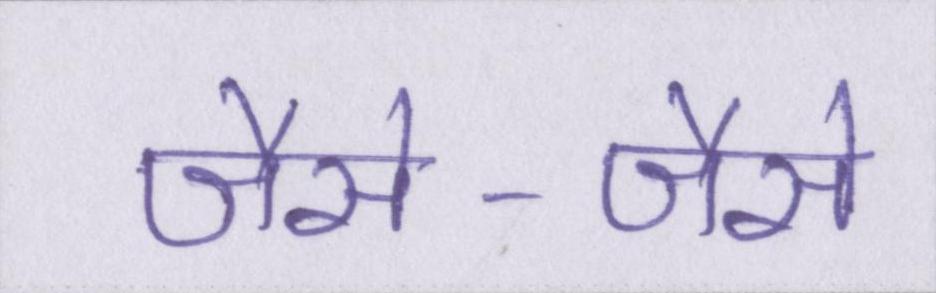
जैसे-जैसे